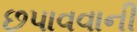
છપાવવાની